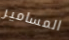
المسامير